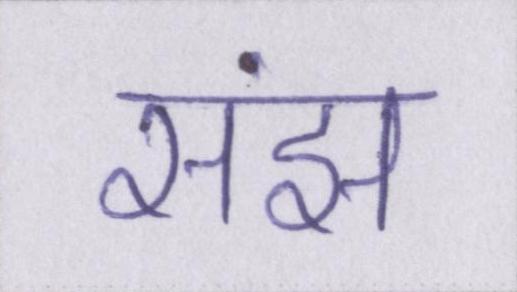
संझ